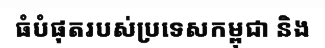
ធំបំផុតរបស់ប្រទេសកម្ពុជា និង